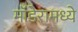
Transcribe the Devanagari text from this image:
मॉडेरामध्ये